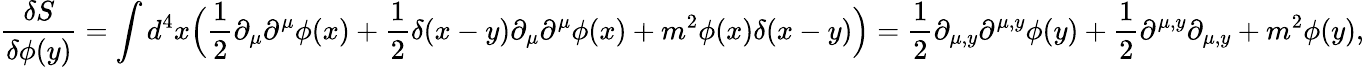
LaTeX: \frac{\delta S}{\delta\phi(y)}=\int d^{4}x\Big(\frac{1}{2}\partial_{\mu}\partial^{\mu}\phi(x)+\frac{1}{2}\delta(x-y)\partial_{\mu}\partial^{\mu}\phi(x)+m^{2}\phi(x)\delta(x-y)\Big)=\frac{1}{2}\partial_{\mu,y}\partial^{\mu,y}\phi(y)+\frac{1}{2}\partial^{\mu,y}\partial_{\mu,y}+m^{2}\phi(y),